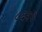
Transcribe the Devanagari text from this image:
८६२१